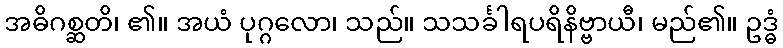
အဓိဂစ္ဆတိ၊ ၏။ အယံ ပုဂ္ဂလော၊ သည်။ သသင်္ခါရပရိနိဗ္ဗာယီ၊ မည်၏။ ဥဒ္ဓံ